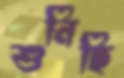
শুনিছি